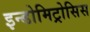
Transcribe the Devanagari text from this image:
इन्डोमिट्रोसिस